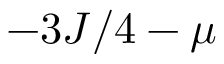
- 3 J / 4 - \mu